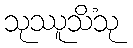
သုဿူသိံသု